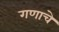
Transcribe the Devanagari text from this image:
गणाचे